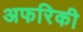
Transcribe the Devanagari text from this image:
अफरिकी